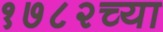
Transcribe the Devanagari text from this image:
१७८२च्या